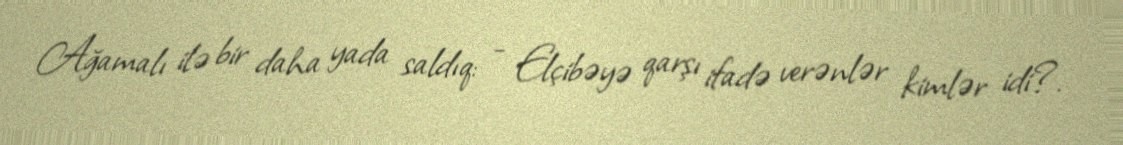
Ağamalı ilə bir daha yada saldıq: - Elçibəyə qarşı ifadə verənlər kimlər idi?.